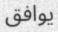
يوافق